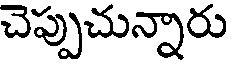
చెప్పుచున్నారు